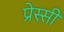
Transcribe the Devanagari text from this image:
प्रेस्सी